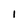
Character: l